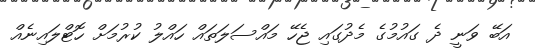
އަބޭ ވަނީ ދެ ގައުމުގެ މެދުގައި ޖެހޭ މައްސަލަތައް ހައްލު ކުރުމަށް ހޮޓްލައިނެއް